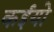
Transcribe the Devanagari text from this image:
कईयो